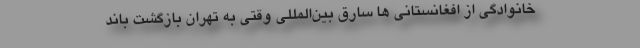
خانوادگی از افغانستانی ها سارق بین‌المللی وقتی به تهران بازگشت باند